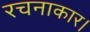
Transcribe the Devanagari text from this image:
रचनाकार।